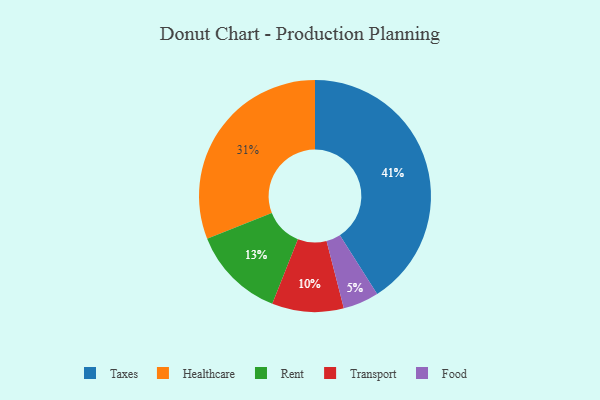
{"axis": {"x": "Category", "y": "Percentage"}, "legend": ["Food", "Healthcare", "Rent", "Taxes", "Transport"], "data": [{"x": "Food", "y": 5, "type": "Food"}, {"x": "Healthcare", "y": 31, "type": "Healthcare"}, {"x": "Rent", "y": 13, "type": "Rent"}, {"x": "Transport", "y": 10, "type": "Transport"}, {"x": "Taxes", "y": 41, "type": "Taxes"}]}